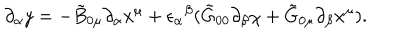
\partial _ { \alpha } y = - \tilde { B } _ { 0 \mu } \partial _ { \alpha } x ^ { \mu } + { \epsilon _ { \alpha } } ^ { \beta } ( \tilde { G } _ { 0 0 } \partial _ { \beta } \chi + \tilde { G } _ { 0 \mu } \partial _ { \beta } x ^ { \mu } ) .